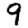
Digit: 9